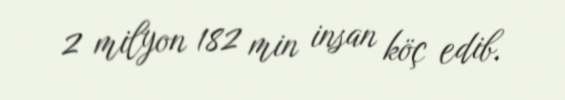
2 milyon 182 min insan köç edib.